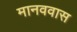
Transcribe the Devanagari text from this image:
मानववास